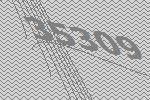
35309